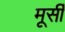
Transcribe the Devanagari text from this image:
मूर्सी